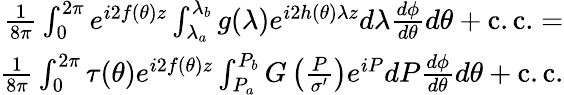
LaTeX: \begin{array}{r}{\frac{1}{8\pi}\int_{0}^{2\pi}e^{i2f(\theta)z}\int_{\lambda_{a}}^{\lambda_{b}}g(\lambda)e^{i2h(\theta)\lambda z}d\lambda\frac{d\phi}{d\theta}d\theta+\mathrm{c.c.}=}\\ {\frac{1}{8\pi}\int_{0}^{2\pi}\tau(\theta)e^{i2f(\theta)z}\int_{P_{a}}^{P_{b}}G\left(\frac{P}{\sigma^{\prime}}\right)e^{iP}dP\frac{d\phi}{d\theta}d\theta+\mathrm{c.c.}}\end{array}